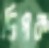
দিপক